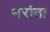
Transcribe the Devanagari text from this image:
थर्राता